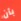
بأن